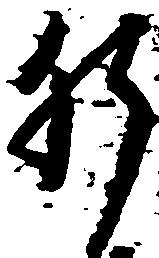
肝